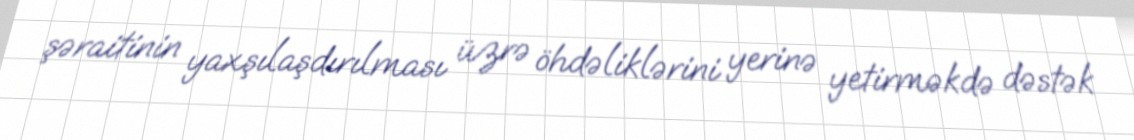
şəraitinin yaxşılaşdırılması üzrə öhdəliklərini yerinə yetirməkdə dəstək